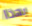
بهذا